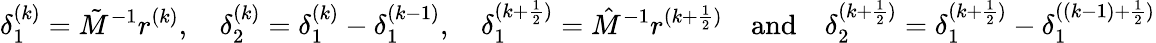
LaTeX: \delta_{1}^{(k)}=\tilde{M}^{-1}r^{(k)},\quad\delta_{2}^{(k)}=\delta_{1}^{(k)}-\delta_{1}^{(k-1)},\quad\delta_{1}^{(k+\frac{1}{2})}=\hat{M}^{-1}r^{(k+\frac{1}{2})}\quad\mathrm{and}\quad\delta_{2}^{(k+\frac{1}{2})}=\delta_{1}^{(k+\frac{1}{2})}-\delta_{1}^{((k-1)+\frac{1}{2})}